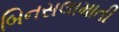
બિનસલામાતી